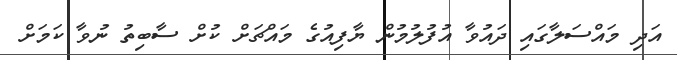
އަދި މައްސަލާގައި ދައުވާ އުފުލުމުން ޔާފިއުގެ މައްޗަށް ކުށް ސާބިތު ނުވާ ކަމަށް